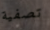
تصفية